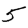
Digit: 5